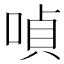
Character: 𠸩